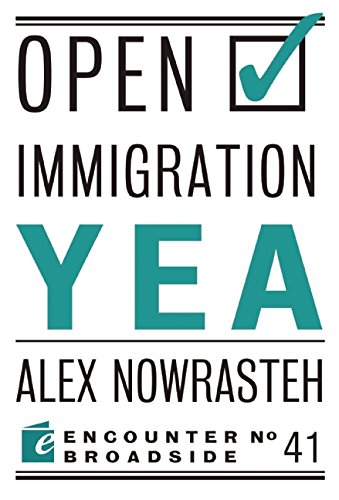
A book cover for Open Immigration: Yea & Nay (Encounter Broadsides); Alex Nowrasteh; Law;